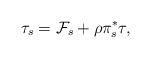
\begin{align*}& \tau _{s} = \mathcal{F} _{s} + \rho \pi ^{*}_{s} \tau, \end{align*}